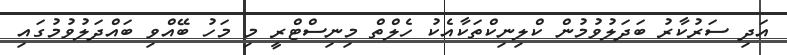
އަދި ސަރުކާރު ބަދަލުވުމުން ކްލިނިކްތަކާއެކު ހެލްތް މިނިސްޓްރީ މި މަހު ބޭއްވި ބައްދަލުވުމުގައި